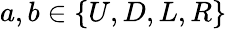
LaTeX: a,b\in\{ U,D,L,R\}